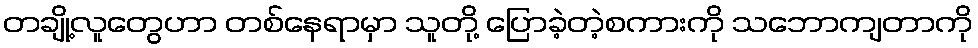
တချို့လူတွေဟာ တစ်နေရာမှာ သူတို့ ပြောခဲ့တဲ့စကားကို သဘောကျတာကို